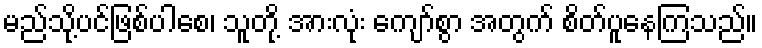
မည်သို့ပင်ဖြစ်ပါစေ၊ သူတို့ အားလုံး ကျော်စွာ အတွက် စိတ်ပူနေကြသည်။